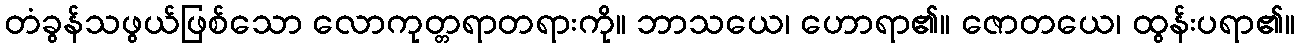
တံခွန်သဖွယ်ဖြစ်သော လောကုတ္တရာတရားကို။ ဘာသယေ၊ ဟောရာ၏။ ဇောတယေ၊ ထွန်းပရာ၏။